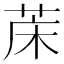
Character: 𮶢